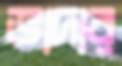
ভাদার